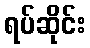
ရပ်ဆိုင်း